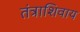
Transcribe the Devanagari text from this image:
तंत्राशिवाय